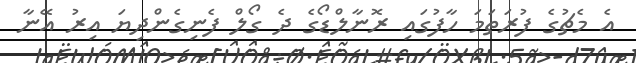
އެ މެޗުގެ ފުރަތަމަ ހާފުގައި ރޮނާލްޑޯގެ ދެ ގޯލް ފެނިގެންދިޔަ އިރު އޭނާ